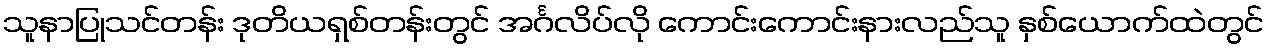
သူနာပြုသင်တန်း ဒုတိယရှစ်တန်းတွင် အင်္ဂလိပ်လို ကောင်းကောင်းနားလည်သူ နှစ်ယောက်ထဲတွင်